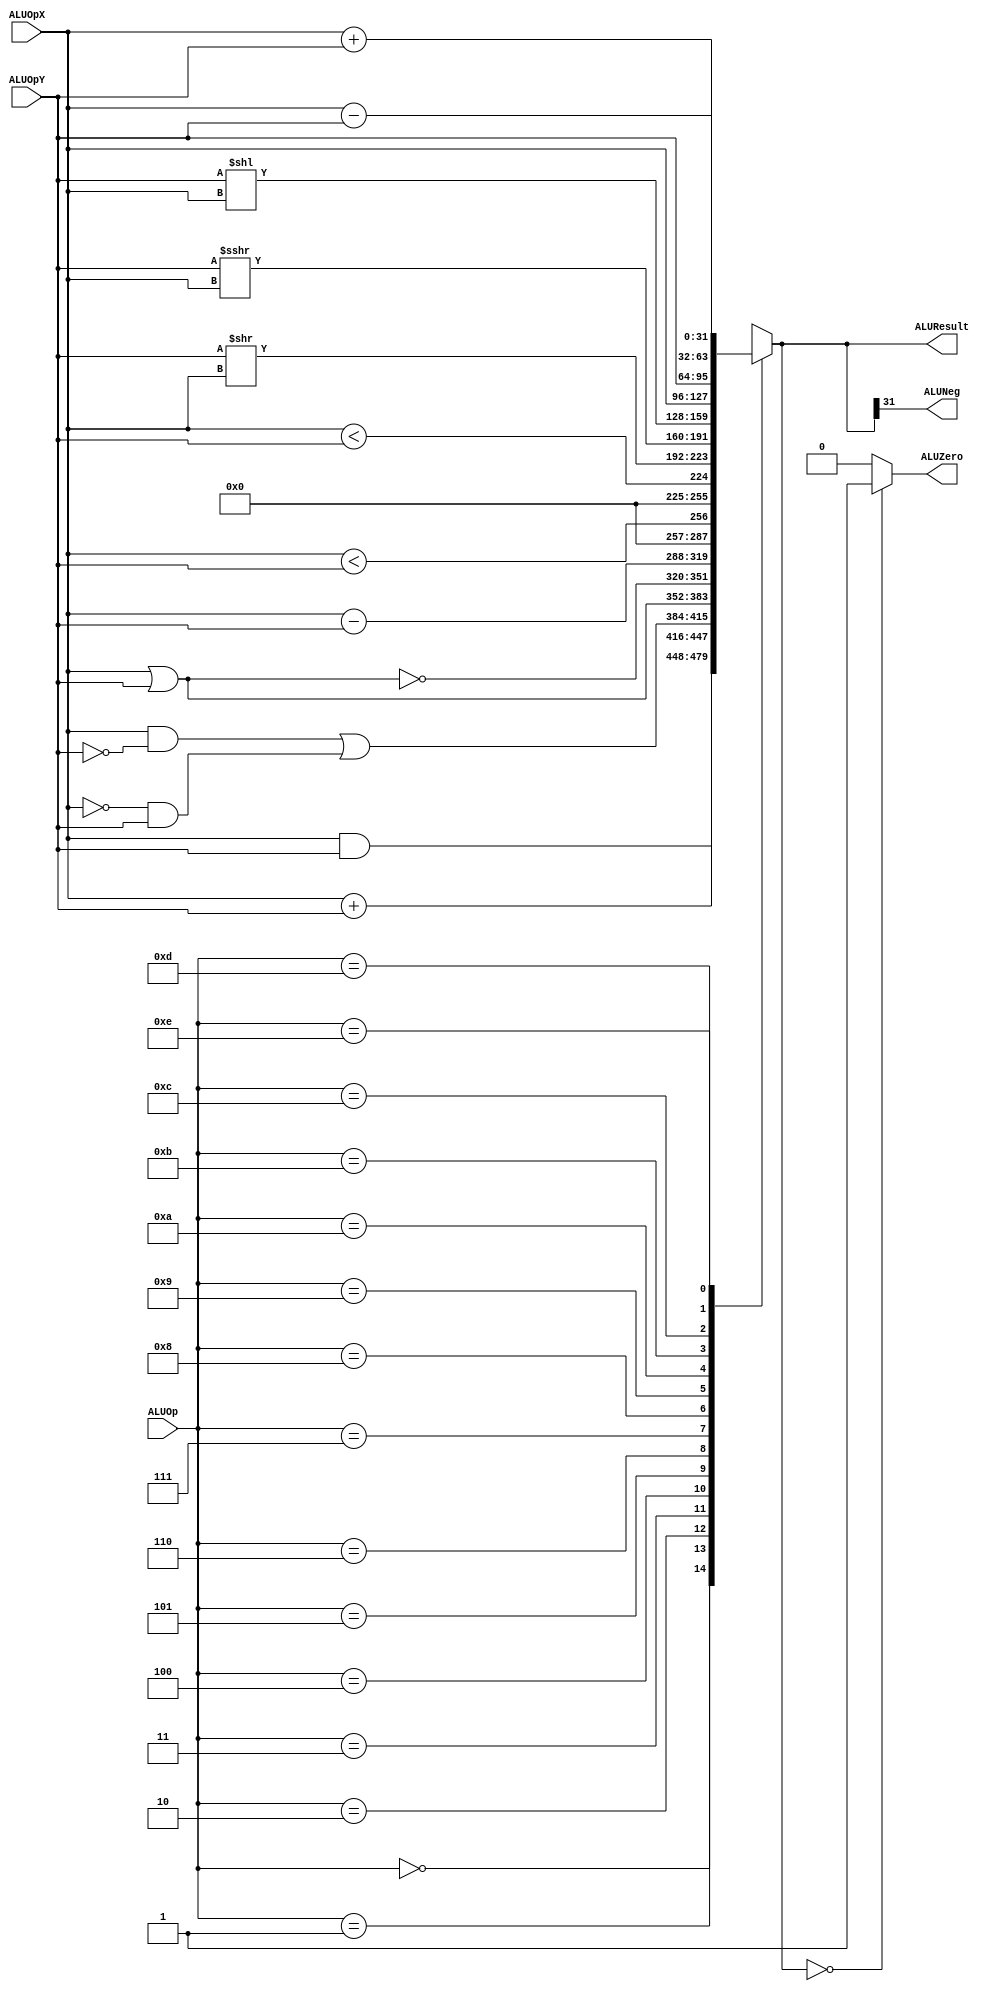
//******************************************************************************
// EE108b MIPS verilog model
//
// ALU.v
//
// The ALU performs all the arithmetic/logical integer operations 
// specified by the ALUsel from the decoder. 
// 
// verilog written by Daniel L. Rosenband, MIT 10/4/99
// modified by John Kim 3/26/03
// modified by Neil Achtman 8/15/03
//
//******************************************************************************

module ALU (
  // Outputs
  ALUResult, ALUZero, ALUNeg,
  // Inputs
  ALUOp, ALUOpX, ALUOpY
);

  input [3:0] ALUOp;                // Operation select
  input [31:0] ALUOpX, ALUOpY;      // operands

  output reg [31:0] ALUResult;     // result of operation
  output wire ALUZero, ALUNeg;      // result is 0 or negative

  
//******************************************************************************
// ALU datapath
//******************************************************************************

  // Decoded ALU operation select (ALUOp) signals
  `define select_alu_addu 4'd0
  `define select_alu_and 4'd1
  `define select_alu_xor 4'd2
  `define select_alu_or 4'd3
  `define select_alu_nor 4'd4
  `define select_alu_subu 4'd5
  `define select_alu_sltu 4'd6
  `define select_alu_slt 4'd7
  `define select_alu_srl 4'd8
  `define select_alu_sra 4'd9
  `define select_alu_sll 4'd10
  `define select_alu_passx 4'd11
  `define select_alu_passy 4'd12
  `define select_alu_add 4'd13
  `define select_alu_sub 4'd14
  
  wire signed [31:0] ALUOpXS, ALUOpYS;  
  assign ALUOpXS = ALUOpX;
  assign ALUOpYS = ALUOpY;

  always @* begin
    case (ALUOp)
      `select_alu_addu: 
	ALUResult = ALUOpX + ALUOpY;
      `select_alu_and:
	ALUResult = ALUOpX & ALUOpY;
      `select_alu_xor:
	ALUResult = (ALUOpX & ~ALUOpY) | (~ALUOpX & ALUOpY);
      `select_alu_or:
	ALUResult = ALUOpX | ALUOpY;
      `select_alu_nor:
	ALUResult = ~(ALUOpX | ALUOpY);
      `select_alu_subu:
	ALUResult = ALUOpX - ALUOpY; // CHECK ORDER OF OPERATIONS HERE
      `select_alu_sltu:
	ALUResult = (ALUOpX < ALUOpY);
      `select_alu_slt:
	ALUResult = (ALUOpXS < ALUOpYS);
      `select_alu_srl:
	ALUResult = (ALUOpY >> ALUOpX);
      `select_alu_sra:
	ALUResult = (ALUOpYS >>> ALUOpX);
      `select_alu_sll:
	ALUResult = (ALUOpY << ALUOpX);
      `select_alu_passx:
	ALUResult = ALUOpX;
      `select_alu_passy:
	ALUResult = ALUOpY;
      `select_alu_add:
	ALUResult = ALUOpXS + ALUOpYS;
      `select_alu_sub:
	ALUResult = ALUOpXS - ALUOpYS;
      // PERFORM ALU OPERATIONS DEFINED ABOVE
      default:
        ALUResult = 32'hxxxxxxxx;   // Undefined
    endcase
  end
 
  assign ALUNeg = ALUResult[31];
  assign ALUZero = (ALUResult == 0) ? 1 : 0;
  
endmodule